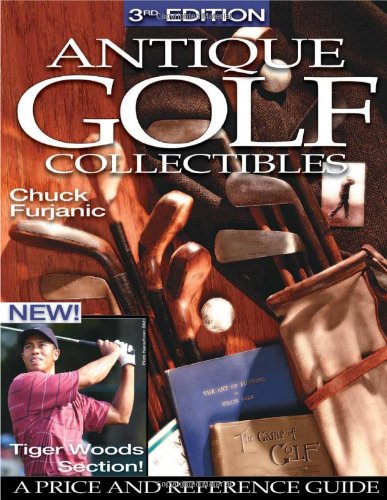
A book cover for Antique Golf Collectibles: A Price and Reference Guide; Chuck Furjanic; Crafts, Hobbies & Home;